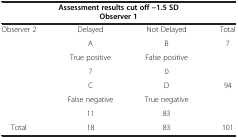
| <COLSPAN=4> Assessment results cut off −1.5 SD |
 | <COLSPAN=4> Observer 1 |
 | --- | --- | --- | --- |
 | <ROWSPAN=7> Observer 2 | Delayed | Not Delayed | Total |
 | A | B | 7 |
 | True positive | False positive |  |
 | 7 | 0 |  |
 | C | D | 94 |
 | False negative | True negative |  |
 | 11 | 83 |  |
 | Total | 18 | 83 | 101 |